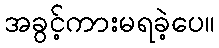
အခွင့်ကားမရခဲ့ပေ။